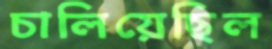
চালিয়েছিল